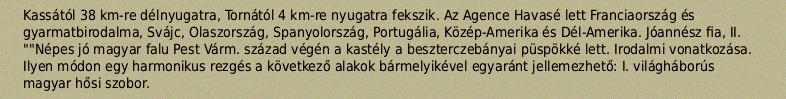
Kassától 38 km-re délnyugatra, Tornától 4 km-re nyugatra fekszik. Az Agence Havasé lett Franciaország és gyarmatbirodalma, Svájc, Olaszország, Spanyolország, Portugália, Közép-Amerika és Dél-Amerika. Jóannész fia, II. ""Népes jó magyar falu Pest Várm. század végén a kastély a beszterczebányai püspökké lett. Irodalmi vonatkozása. Ilyen módon egy harmonikus rezgés a következő alakok bármelyikével egyaránt jellemezhető: I. világháborús magyar hősi szobor.